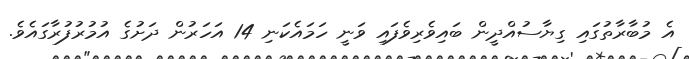
އެ މުބާރާތުގައި ގިޔާސުއްދީން ބައިވެރިވެފައި ވަނީ ހަމައެކަނި 14 އަހަރުން ދަށުގެ އުމުރުފުރާގައެވެ.